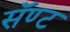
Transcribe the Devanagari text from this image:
सॅण्ट